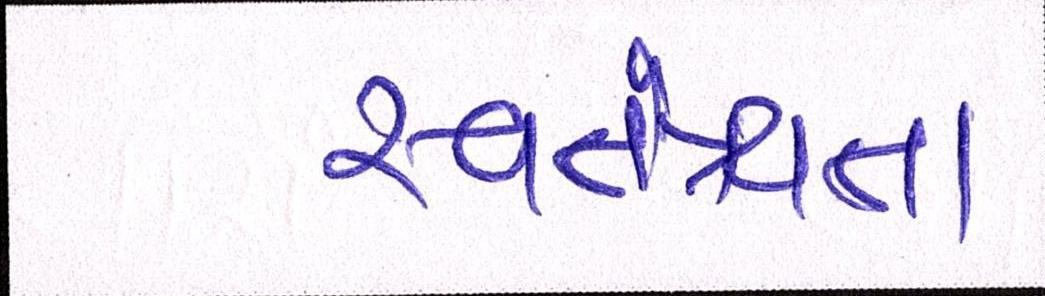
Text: સ્વતંત્ર્યતા